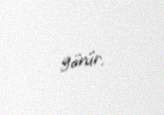
görür.